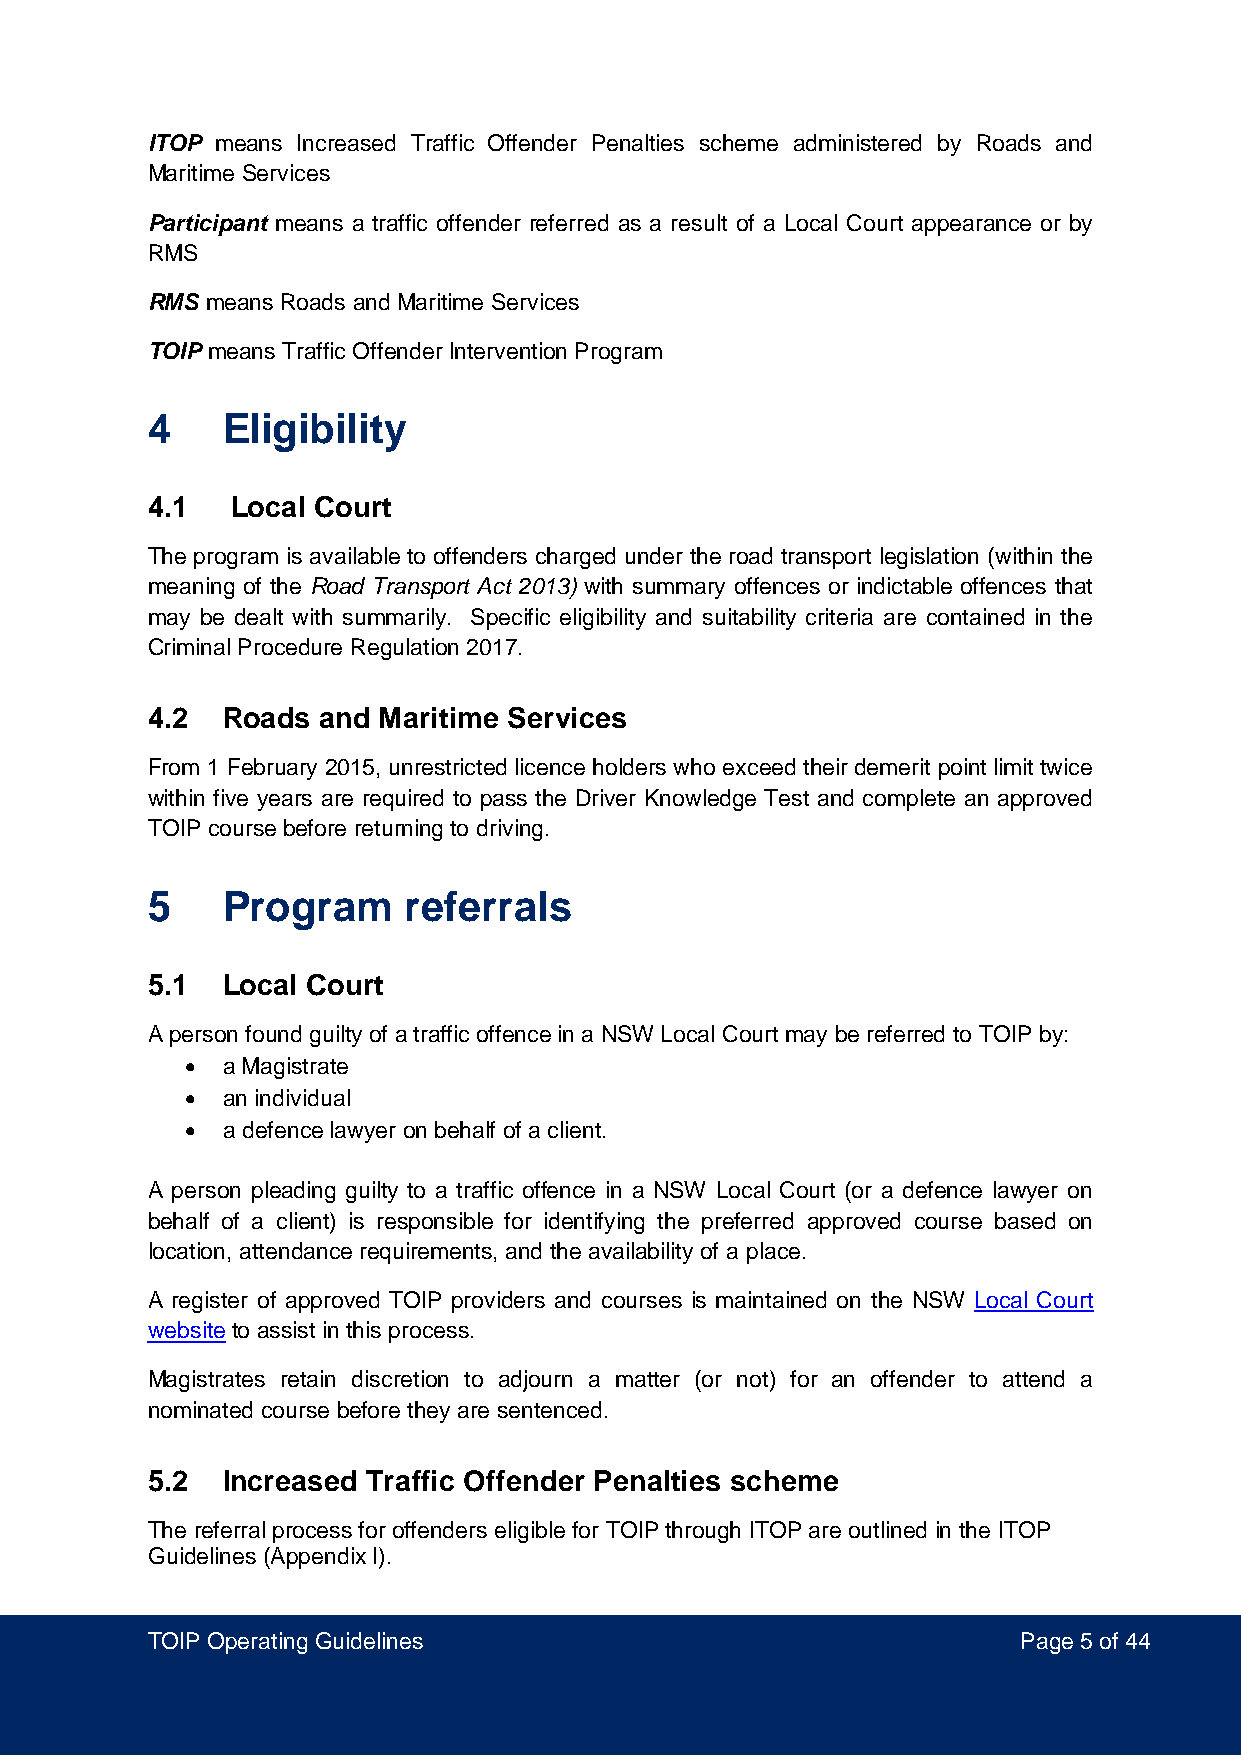
ITOP means Increased Traffic Offender Penalties scheme administered by Roads and
 Maritime Services
 Participant means a traffic offender referred as a result of a Local Court appearance or by
 RMS
 RMS means Roads and Maritime Services
 TOIP means Traffic Offender Intervention Program
 4    Eligibility
 4.1  Local Court
 The program is available to offenders charged under the road transport legislation (within the
 meaning of the Road Transport Act 2013) with summary offences or indictable offences that
 may be dealt with summarily. Specific eligibility and suitability criteria are contained in the
 Criminal Procedure Regulation 2017.
 4.2  Roads and Maritime Services
 From 1 February 2015, unrestricted licence holders who exceed their demerit point limit twice
 within five years are required to pass the Driver Knowledge Test and complete an approved
 TOIP course before returning to driving.
 5    Program     referrals
 5.1  Local Court
 A person found guilty of a traffic offence in a NSW Local Court may be referred to TOIP by:
 •  a Magistrate
 •  an individual
 •  a defence lawyer on behalf of a client.
 A person pleading guilty to a traffic offence in a NSW Local Court (or a defence lawyer on
 behalf of a client) is responsible for identifying the preferred approved course based on
 location, attendance requirements, and the availability of a place.
 A register of approved TOIP providers and courses is maintained on the NSW Local Court
 website to assist in this process.
 Magistrates retain discretion to adjourn a matter (or not) for an offender to attend a
 nominated course before they are sentenced.
 5.2  Increased Traffic Offender Penalties scheme
 The referral process for offenders eligible for TOIP through ITOP are outlined in the ITOP
 Guidelines (Appendix I).
 TOIP Operating Guidelines                                Page 5 of 44